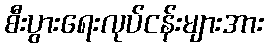
စီးပွားရေးလုပ်ငန်းများအား